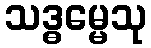
သဒ္ဓမ္မေသု